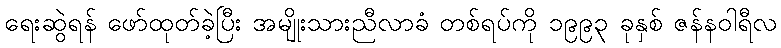
ရေးဆွဲရန် ဖော်ထုတ်ခဲ့ပြီး အမျိုးသားညီလာခံ တစ်ရပ်ကို ၁၉၉၃ ခုနှစ် ဇန်နဝါရီလ